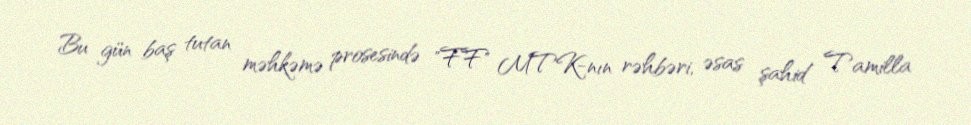
Bu gün baş tutan məhkəmə prosesində "FF" MTK-nın rəhbəri, əsas şahid Tamilla